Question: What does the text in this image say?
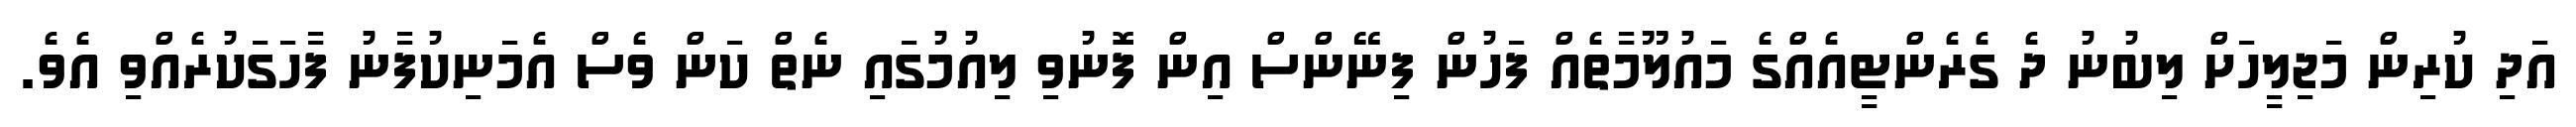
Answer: އަދި ކުރިން މަޖިލީހަށް ލިބުނު ދެ ގެރެންޓީއެއްގެ މައުލޫމާތެއް ފަހުން ފިނޭންސް އިން ފޮނުވި ލިއުމުގައި ނެތް ކަން ވެސް އެމަނިކުފާނު ފާހަގަކުރެއްވި އެވެ.